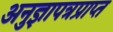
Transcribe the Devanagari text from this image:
अनुज्ञापत्रप्राप्त